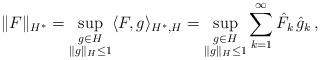
LaTeX: \begin{align*}\|F\|_{H^*}=\sup_{\begin{subarray}{c} g\in H \\ \|g\|_{H}\le 1\end{subarray}}\langle F, g \rangle_{H^*,H}=\sup_{\begin{subarray}{c} g\in H \\ \|g\|_{H}\le 1\end{subarray}}\sum_{k=1}^{\infty}\hat{F}_k\,\hat{g}_k\,,\end{align*}